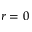
r = 0